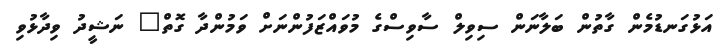
އަޅުގަނޑުމެން ގާތުން ބަލާނަން ސިވިލް ސާވިސްގެ މުވައްޒަފުންނަށް ވަމުންދާ ގޮތް" ނަޝީދު ވިދާޅުވި